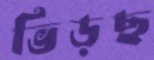
ভিড়ছ